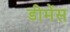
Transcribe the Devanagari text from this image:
डीमेंस